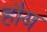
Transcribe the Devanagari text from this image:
हौय